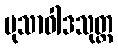
မုသာဝါဒသုတ္တ